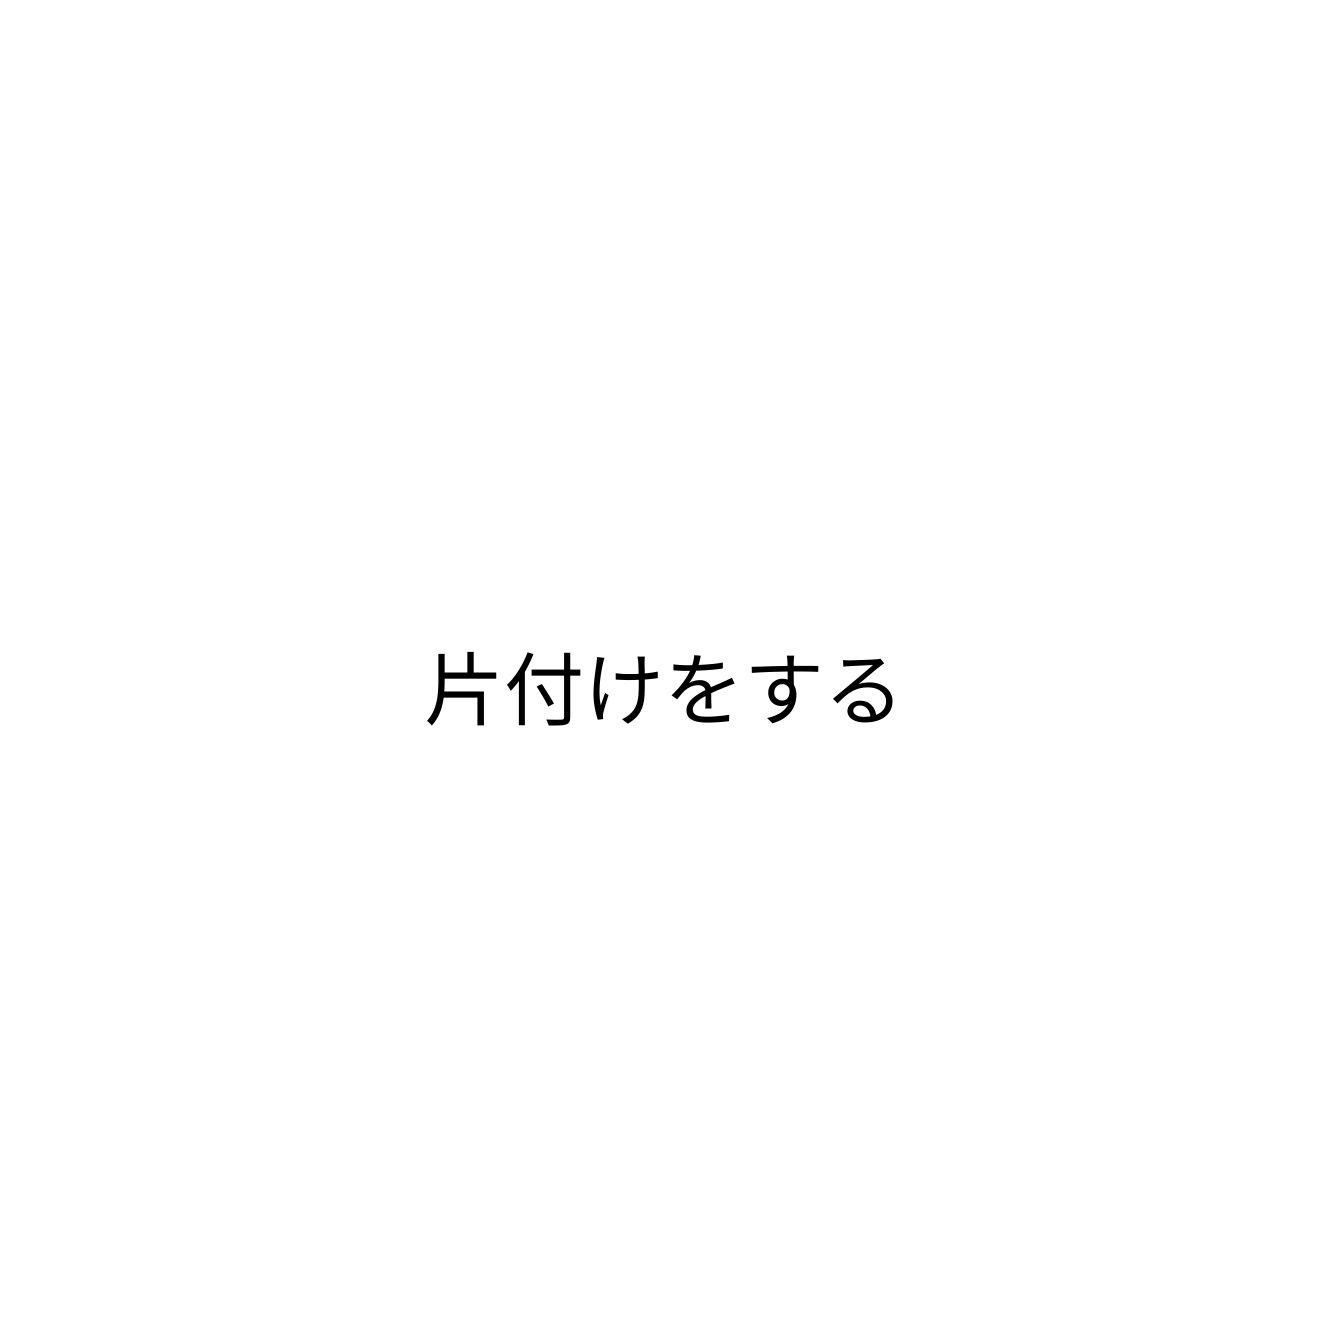
片付けをする